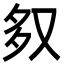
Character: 𭐶